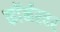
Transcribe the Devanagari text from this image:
काॅर्नरवर